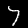
Label: 7